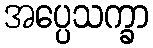
အပ္ပေသက္ခာ